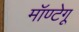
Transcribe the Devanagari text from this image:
मॉण्टेगू